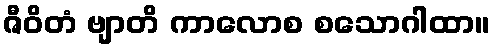
ဇီဝိတံ ဗျာတိ ကာလောစ စသောဂါထာ။